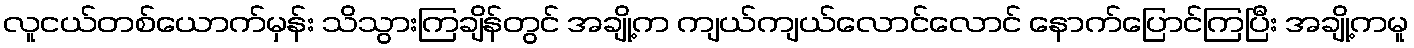
လူငယ်တစ်ယောက်မှန်း သိသွားကြချိန်တွင် အချို့က ကျယ်ကျယ်လောင်လောင် နောက်ပြောင်ကြပြီး အချို့ကမူ